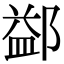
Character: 𨜶